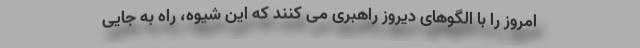
امروز را با الگوهای دیروز راهبری می کنند که این شیوه، راه به جایی